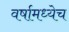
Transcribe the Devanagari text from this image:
वर्षामध्येच